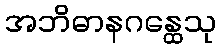
အဘိဓာနဂန္ထေသု